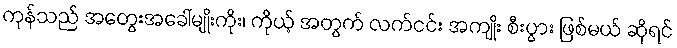
ကုန်သည် အတွေးအခေါ်မျိုးကိုး၊ ကိုယ့် အတွက် လက်ငင်း အကျိုး စီးပွား ဖြစ်မယ် ဆိုရင်